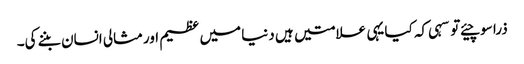
ذرا سوچیئے تو سہی کہ کیا یہی علامتیں ہیں دنیا میں عظیم اورمثالی انسان بننے کی۔